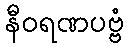
နီဝရဏပဗ္ဗံ